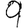
Digit: 9